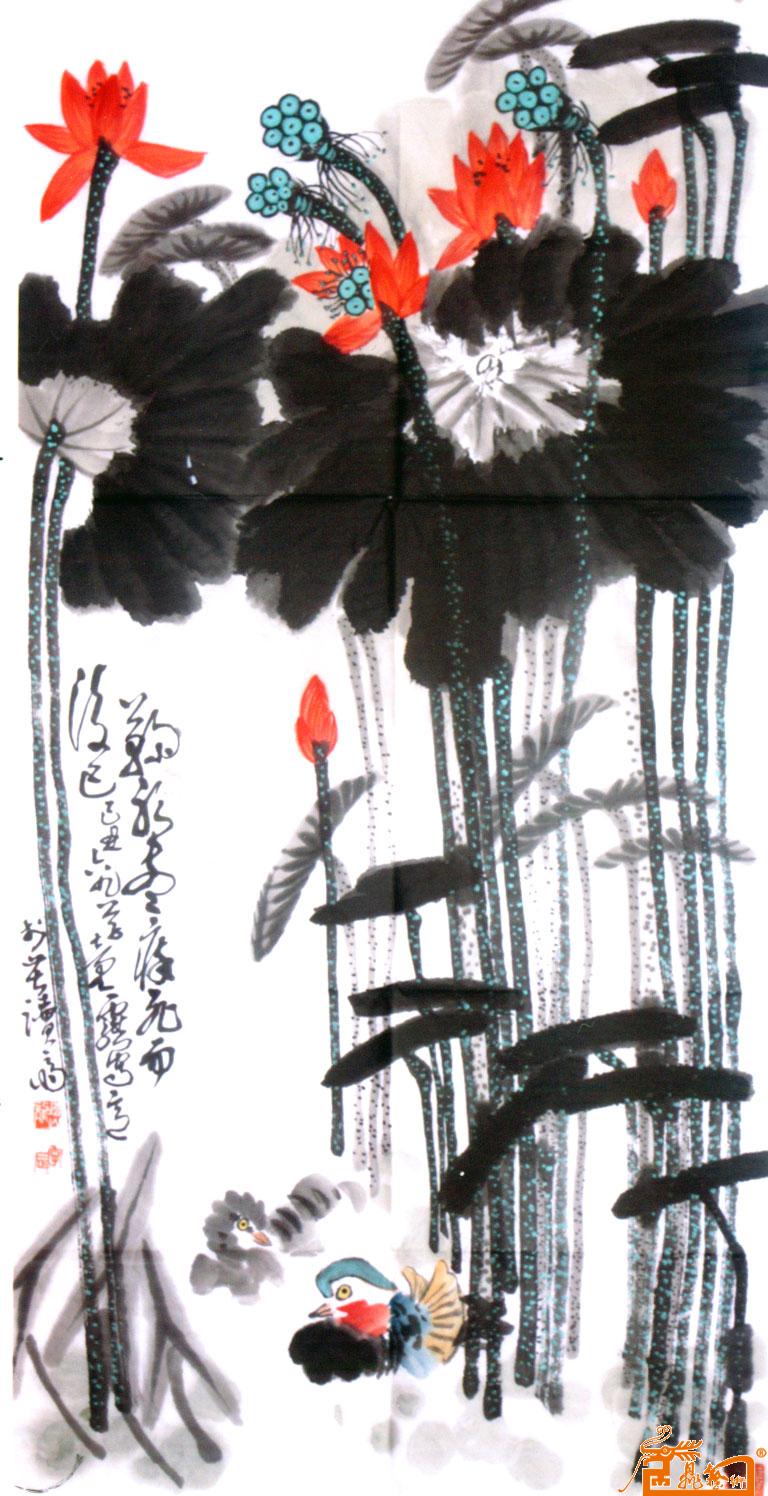
鞠躬尽瘁，死而后已。